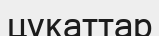
цукаттар